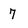
Character: 7